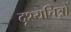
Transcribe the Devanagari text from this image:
दृश्यचित्रों